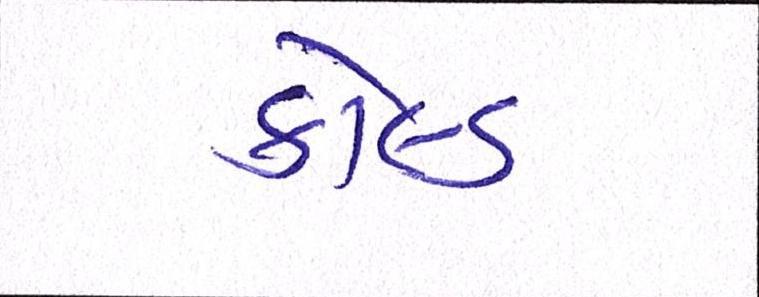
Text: કોલ્ડ